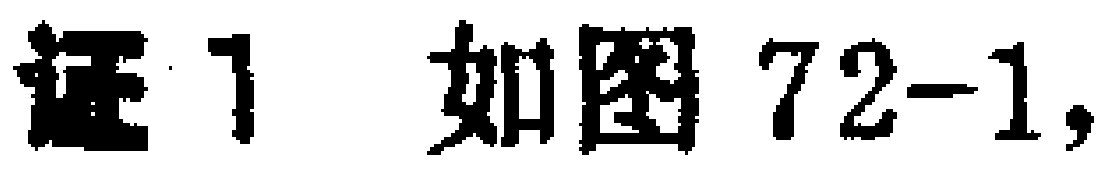
证1 如图72-1,